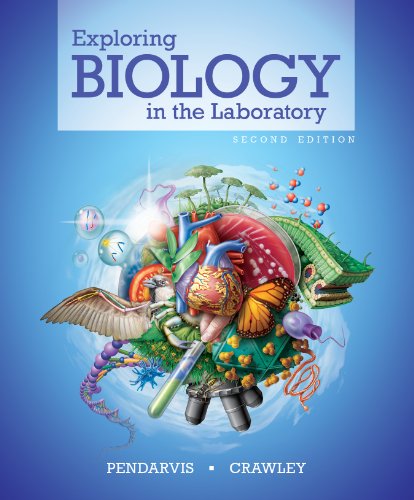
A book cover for Exploring Biology in the Laboratory second edition; Murray P. Pendarvis; Medical Books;